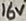
Text: 16V